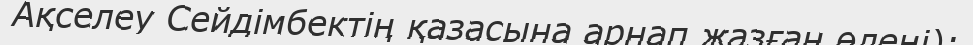
Ақселеу Сейдімбектің қазасына арнап жазған өлеңі):